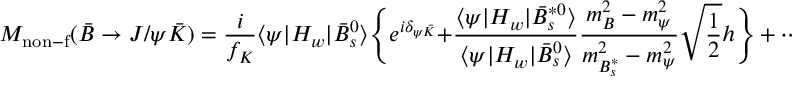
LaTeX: M _ { \mathrm { n o n - f } } ( \bar { B } \rightarrow J / \psi \bar { K } ) = { \frac { i } { f _ { K } } } \langle \psi | H _ { w } | \bar { B } _ { s } ^ { 0 } \rangle \Biggl \{ e ^ { i \delta _ { \psi \bar { K } } } + { \frac { \langle \psi | H _ { w } | \bar { B } _ { s } ^ { * 0 } \rangle } { \langle \psi | H _ { w } | \bar { B } _ { s } ^ { 0 } \rangle } } { \frac { m _ { B } ^ { 2 } - m _ { \psi } ^ { 2 } } { m _ { B _ { s } ^ { * } } ^ { 2 } - m _ { \psi } ^ { 2 } } } \sqrt { \frac { 1 } { 2 } } h \Biggr \} \, + \, \cdots ,